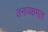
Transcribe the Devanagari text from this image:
तनावक्षमता